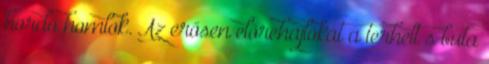
hordó homlok. Az erősen előrehajlókat a terhelt s buta